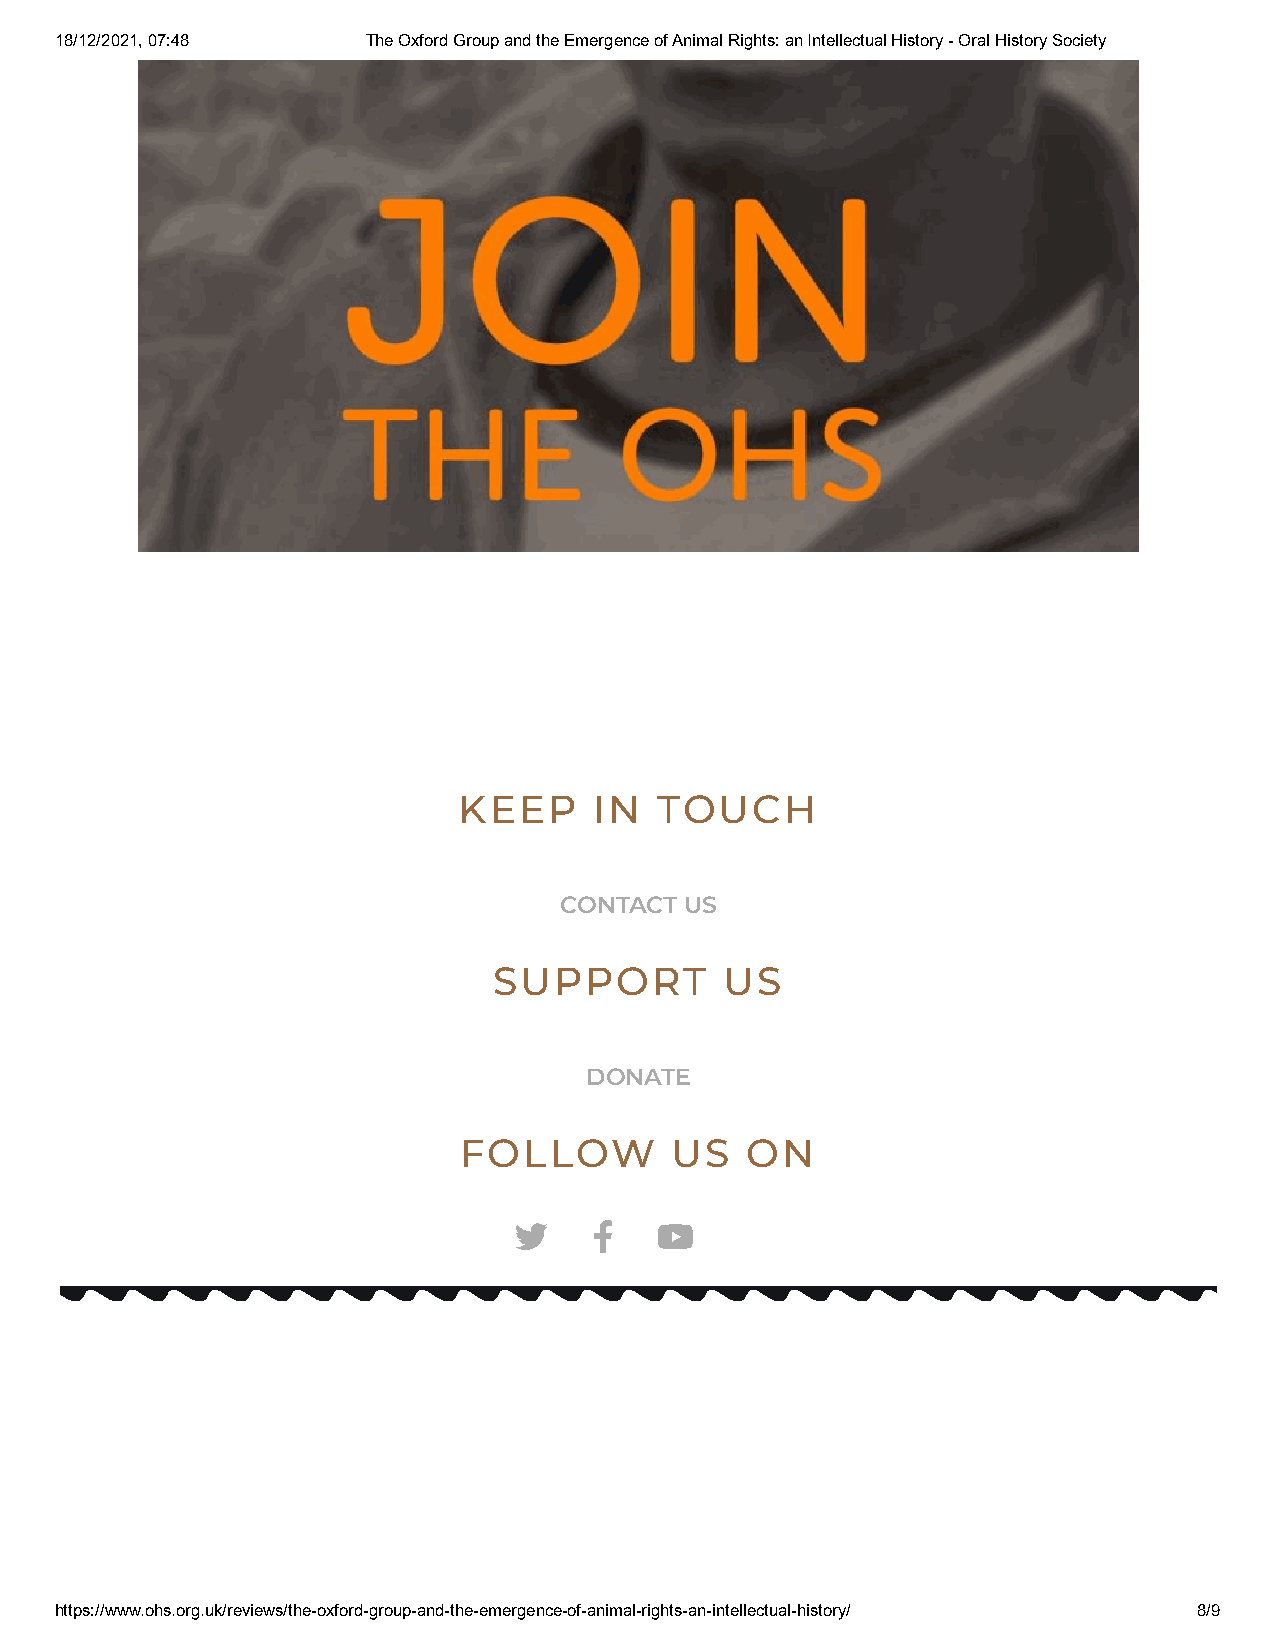
18/12/2021, 07:48   The Oxford Group and the Emergence of Animal Rights: an Intellectual History - Oral History Society
 KEEP     IN  TOUCH
 CONTACT US
 SUPPORT        US
 DONATE
 FOLLOW        US   ON
        
 https://www.ohs.org.uk/reviews/the-oxford-group-and-the-emergence-of-animal-rights-an-intellectual-history/ 8/9